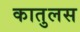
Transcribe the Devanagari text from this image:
कातुलस